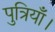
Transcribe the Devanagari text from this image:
पुत्रियाँ।